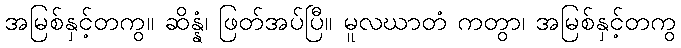
အမြစ်နှင့်တကွ။ ဆိန္နံ၊ ဖြတ်အပ်ပြီ။ မူလဃာတံ ကတွာ၊ အမြစ်နှင့်တကွ